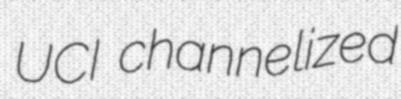
UCI channelized